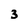
Character: 3